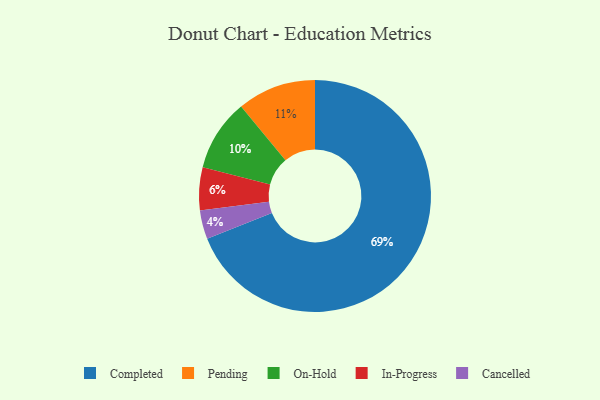
{"axis": {"x": "Category", "y": "Percentage"}, "legend": ["Cancelled", "Completed", "In-Progress", "On-Hold", "Pending"], "data": [{"x": "In-Progress", "y": 6, "type": "In-Progress"}, {"x": "Completed", "y": 69, "type": "Completed"}, {"x": "Pending", "y": 11, "type": "Pending"}, {"x": "Cancelled", "y": 4, "type": "Cancelled"}, {"x": "On-Hold", "y": 10, "type": "On-Hold"}]}